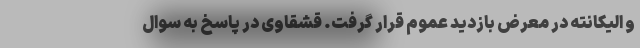
و الیکانته در معرض بازدید عموم قرار گرفت. قشقاوی در پاسخ به سوال